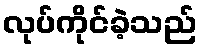
လုပ်ကိုင်ခဲ့သည်